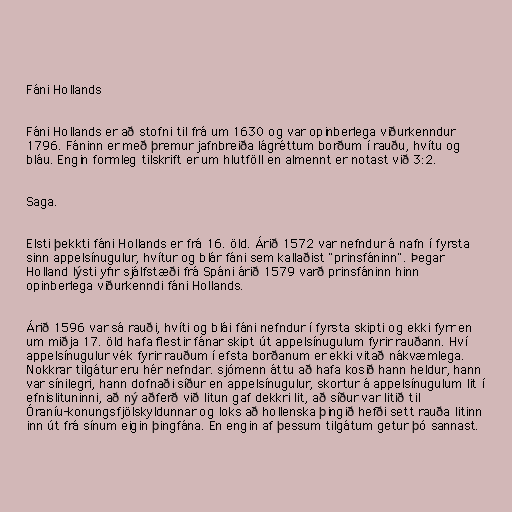
Fáni Hollands

Fáni Hollands er að stofni til frá um 1630 og var opinberlega viðurkenndur
1796. Fáninn er með þremur jafnbreiða lágréttum borðum í rauðu, hvítu og
bláu. Engin formleg tilskrift er um hlutföll en almennt er notast við 3:2.

Saga.

Elsti þekkti fáni Hollands er frá 16. öld. Árið 1572 var nefndur á nafn í fyrsta
sinn appelsínugulur, hvítur og blár fáni sem kallaðist "prinsfáninn". Þegar
Holland lýsti yfir sjálfstæði frá Spáni árið 1579 varð prinsfáninn hinn
opinberlega viðurkenndi fáni Hollands.

Árið 1596 var sá rauði, hvíti og blái fáni nefndur í fyrsta skipti og ekki fyrr en
um miðja 17. öld hafa flestir fánar skipt út appelsínugulum fyrir rauðann. Hví
appelsínugulur vék fyrir rauðum í efsta borðanum er ekki vitað nákvæmlega.
Nokkrar tilgátur eru hér nefndar. sjómenn áttu að hafa kosið hann heldur, hann
var sínilegri, hann dofnaði síður en appelsínugulur, skortur á appelsínugulum lit í
efnislituninni, að ný aðferð við litun gaf dekkri lit, að síður var litið til
Óraníu-konungsfjölskyldunnar og loks að hollenska þingið hefði sett rauða litinn
inn út frá sínum eigin þingfána. En engin af þessum tilgátum getur þó sannast.